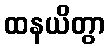
ထနယိတွာ